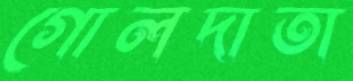
গোলদাতা